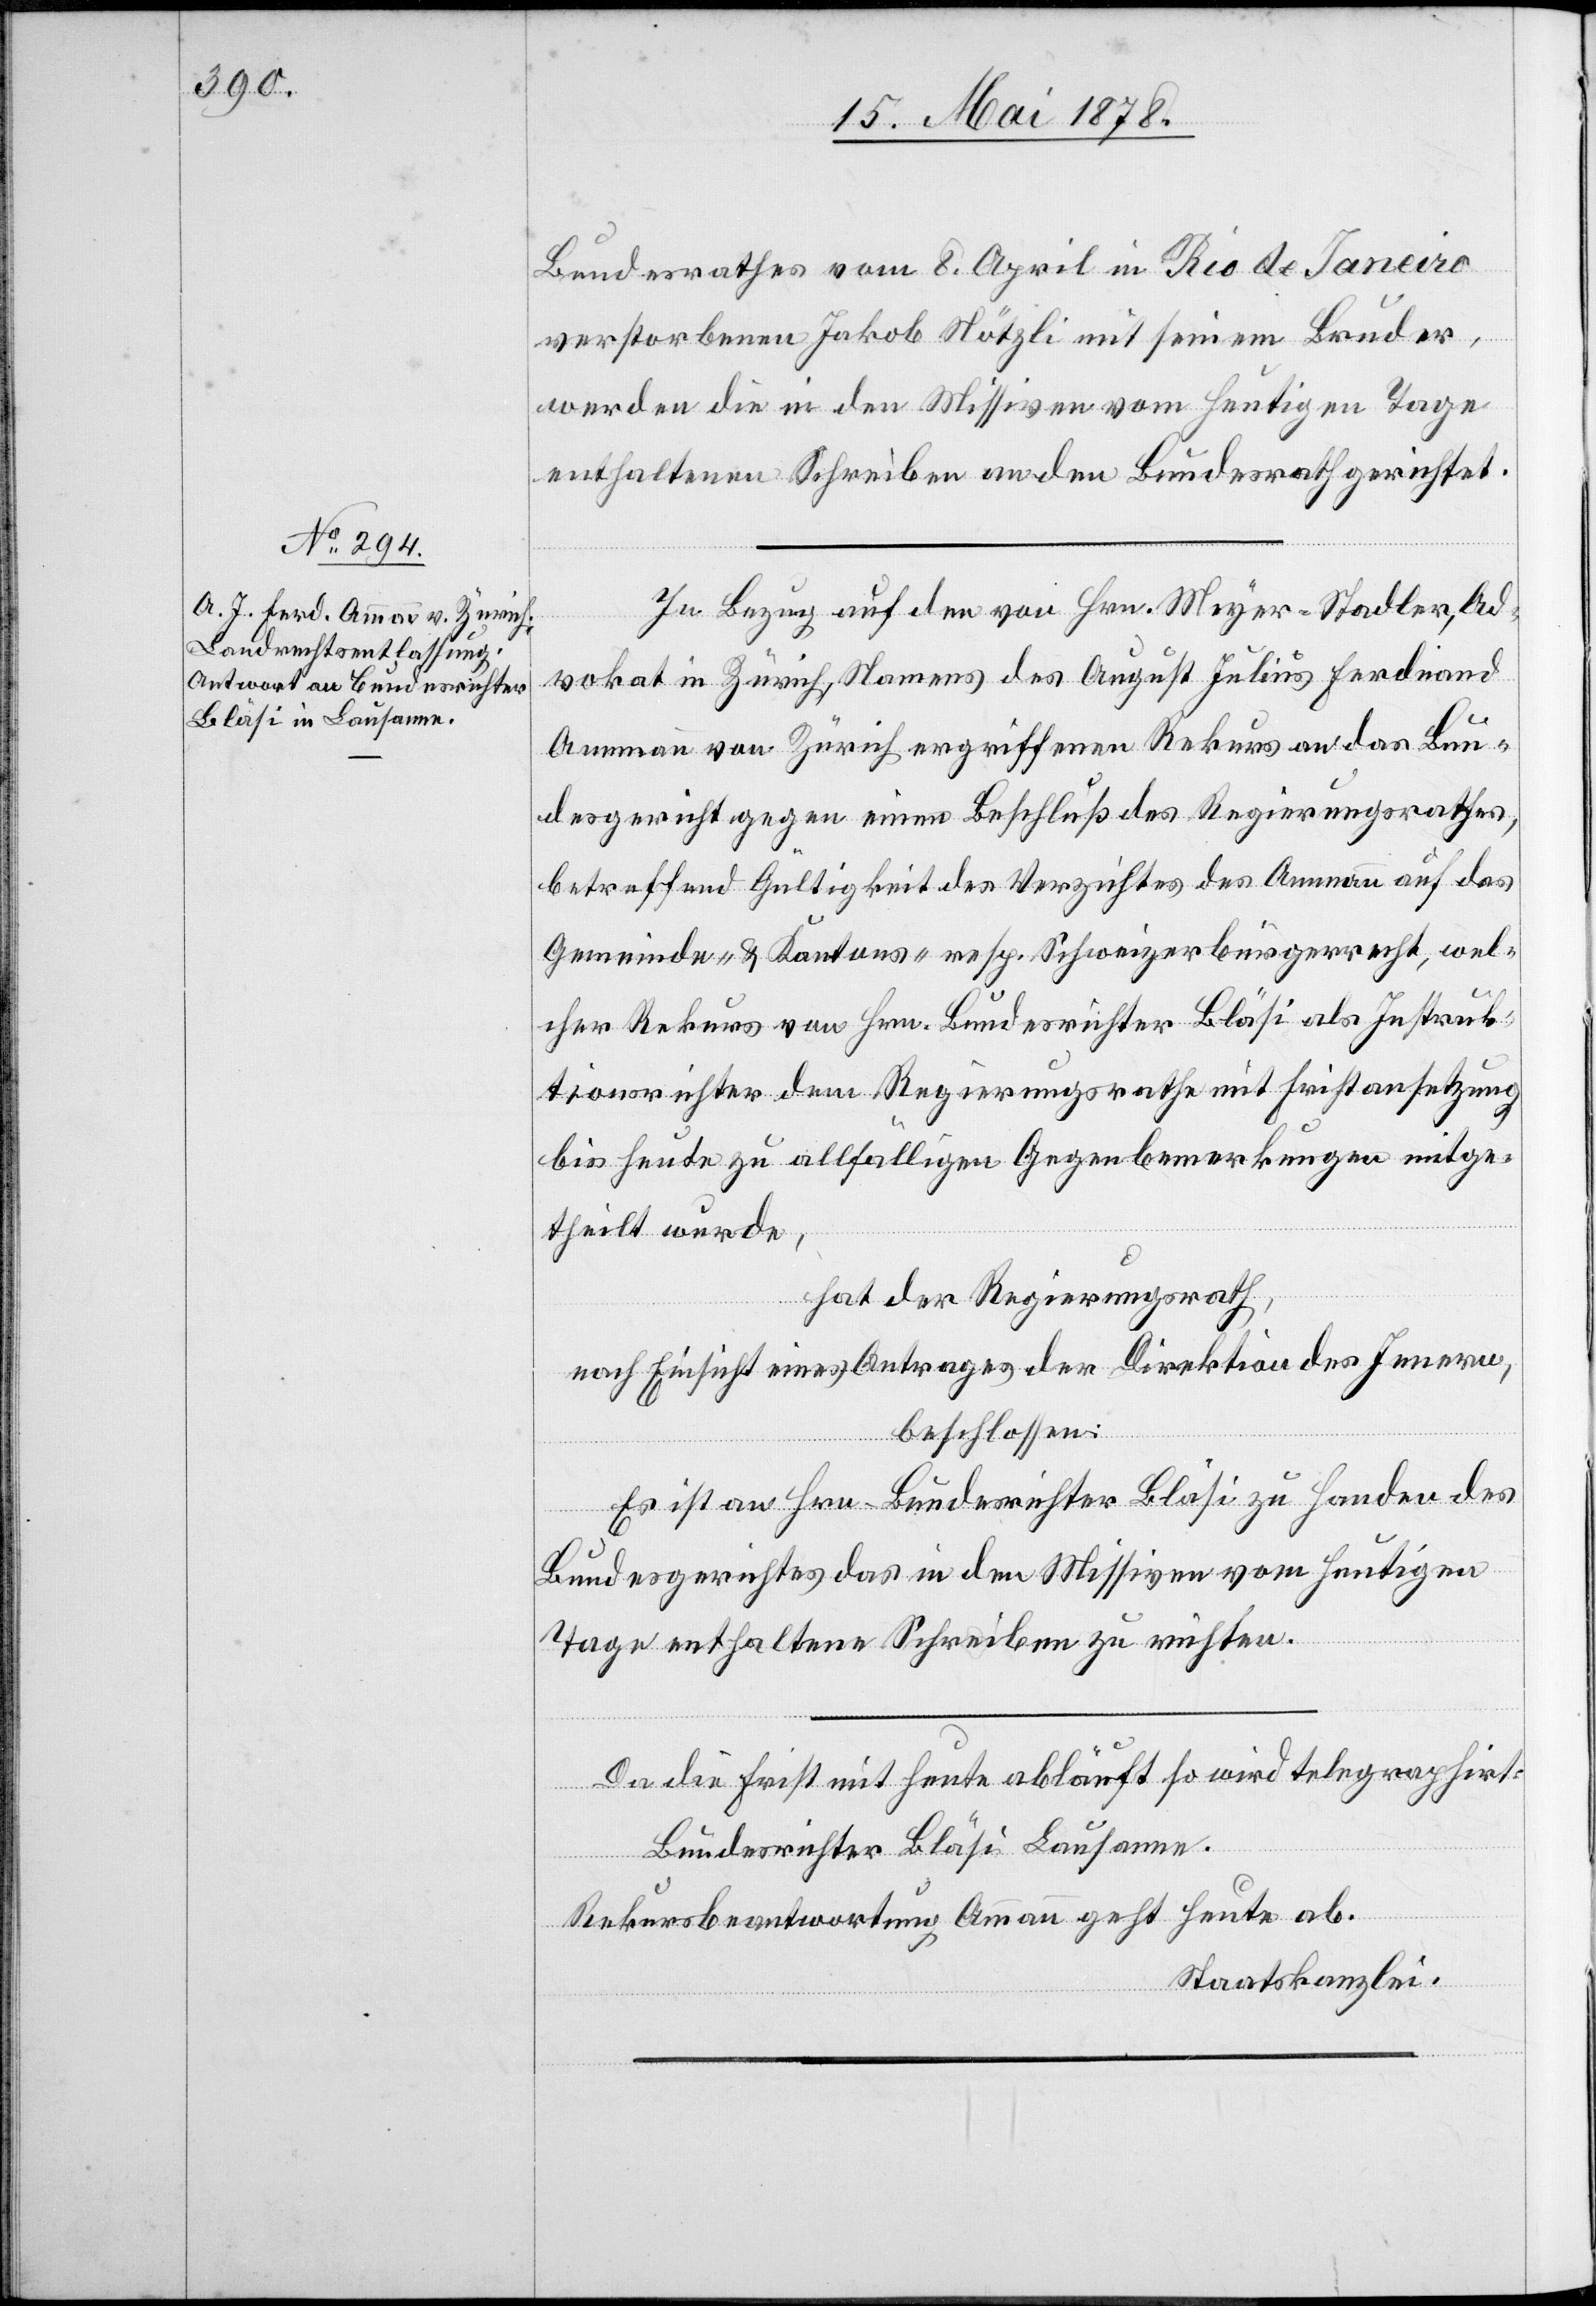
15. Mai 1878.]
Bundesrathes vom 8. April in Rio de Janeiro
verstorbenen Jakob Nötzli mit seinem Bruder,
werden die in den Missiven vom heutigen Tage
enthaltenen Schreiben an den Bundesrath gerichtet.
In Bezug auf den von Hrn. Meyer-Stadler, Ad¬
vokat in Zürich, Namens des August Julius Ferdinand
Ammann von Zürich ergriffenen Rekurs an das Bun¬
desgericht gegen einen Beschluß des Regierungsrathes,
betreffend Gültigkeit des Verzichtes des Ammann auf das
Gemeinde- & Kantons- resp. Schweizerbürgerrecht, wel¬
cher Rekurs von Hrn. Bundesrichter Bläsi als Instruk¬
tionsrichter dem Regierungsrathe mit Fristansetzung
bis heute zu allfälligen Gegenbemerkungen mitge¬
theilt wurde,
hat der Regierungsrath,
nach Einsicht eines Antrages der Direktion des Innern,
beschlossen:
Es ist an Hrn. Bundesrichter Bläsi zu Handen des
Bundesgerichtes das in den Missiven vom heutigen
Tage enthaltene Schreiben zu richten.
Da die Frist mit heute abläuft so wird telegraphirt:
Bundesrichter Bläsi Lausanne.
Rekursbeantwortung Ammann geht heute ab.
Staatskanzlei.